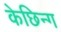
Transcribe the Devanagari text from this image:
केछिन्ग